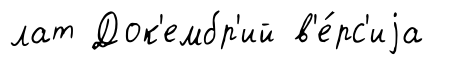
лат Док'ембр'ий в'е́рс'иjа